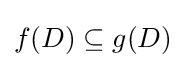
f(D)\subseteq g(D)